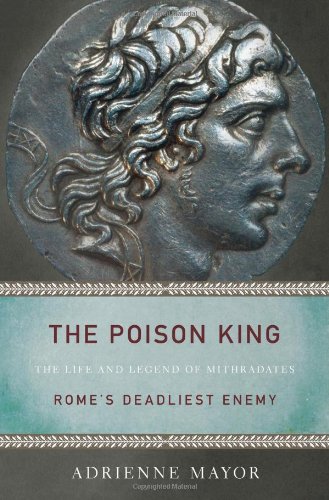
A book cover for The Poison King: The Life and Legend of Mithradates, Rome's Deadliest Enemy; Adrienne Mayor; Biographies & Memoirs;